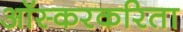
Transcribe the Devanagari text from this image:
ऑस्करकरिता